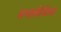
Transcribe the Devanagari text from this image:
सभाकीबैठक